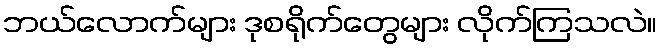
ဘယ်လောက်များ ဒုစရိုက်တွေများ လိုက်ကြသလဲ။